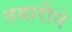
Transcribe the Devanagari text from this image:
तयारीने